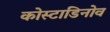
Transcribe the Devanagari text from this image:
कोस्टाडिनोव